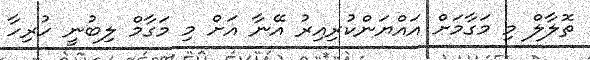
ތޮލާލް މި މަގާމަށް އައްޔަންކުރިއިރު އޭނާ އަށް މި މަގާމް ލިބުނީ ހުރިހާ